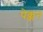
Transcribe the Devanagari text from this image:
पेक्कन